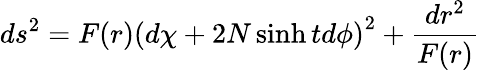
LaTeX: ds^{2}=F(r)\left(d\chi+2N\sinh td\phi\right)^{2}+\frac{dr^{2}}{F(r)}